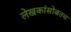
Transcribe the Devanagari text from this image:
लेखकांसोबतच